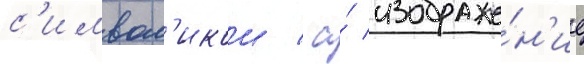
с'имвол'икои / а́ изображе́н'ие